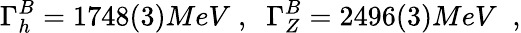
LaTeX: \Gamma_{h}^{B}=1748(3)MeV\; ,\; \; \Gamma_{Z}^{B}=2496(3)MeV\; \; ,